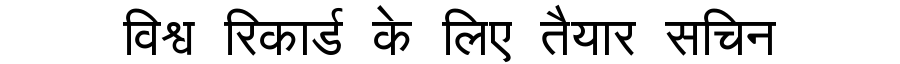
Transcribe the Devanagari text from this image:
विश्व रिकार्ड के लिए तैयार सचिन